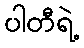
ပါတီရဲ့